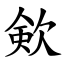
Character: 㰸